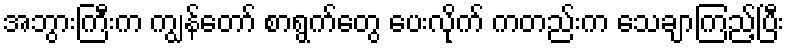
အဘွားကြီးက ကျွန်တော် စာရွက်တွေ ပေးလိုက် ကတည်းက သေချာကြည့်ပြီး